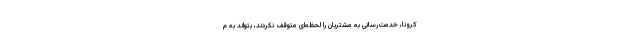
کرونا، خدمت‌رسانی به مشتریان را لحظه‌ای متوقف نکردند، بتواند به م